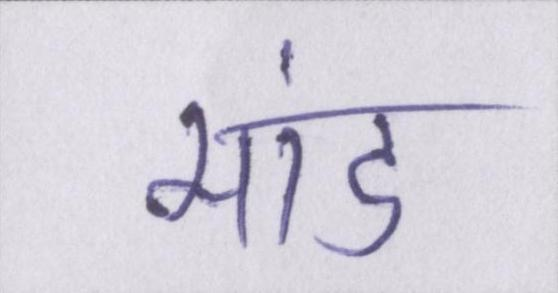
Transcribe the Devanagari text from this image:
मांड